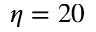
\eta = 2 0